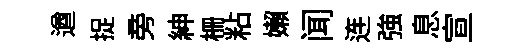
遒捉旁紳栅粘嬾闻连強息宣